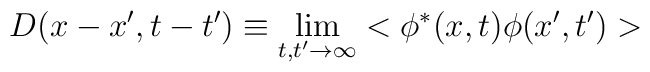
D(x-x',t-t') \equiv \lim _{t,t' \rightarrow \infty} <\phi ^* (x,t) \phi (x',t') >